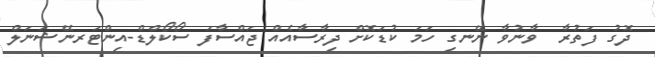
ދޮގު ފަތުރާ  ވާނުވާ ނޭނގި ހަމަ ކުޑަކޮށް ދިރާސާއެއް ޖައްސާފަ ސޯކޯލްޑް-އިންޓަރނޭޝަނަލް